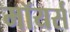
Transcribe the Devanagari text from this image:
मॉयर्स